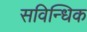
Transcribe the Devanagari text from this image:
सविन्धिक